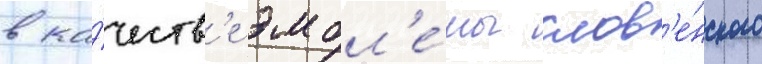
в ка́честв'е эмбл'е́мы слов'е́нского